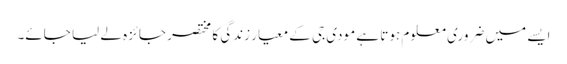
ایسے میں ضروری معلوم ہوتا ہے مودی جی کے معیار زندگی کا مختصر جائزہ لے لیا جائے۔